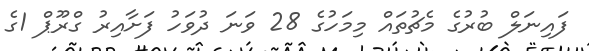
ފައިނަލް ބުރުގެ މެޗުތައް މިމަހުގެ 28 ވަނަ ދުވަހު ފަށާއިރު ގްރޫޕް 1ގެ